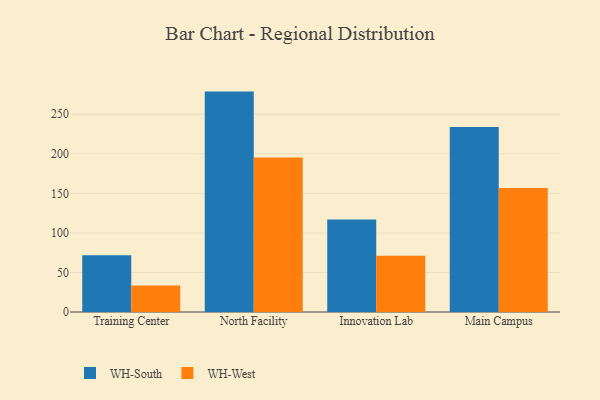
{"axis": {"x": "Campus", "y": "Inventory Turnover"}, "legend": ["WH-South", "WH-West"], "data": [{"x": "Training Center", "y": 71.8, "type": "WH-South"}, {"x": "Training Center", "y": 33.4, "type": "WH-West"}, {"x": "North Facility", "y": 278.6, "type": "WH-South"}, {"x": "North Facility", "y": 195.4, "type": "WH-West"}, {"x": "Innovation Lab", "y": 117.0, "type": "WH-South"}, {"x": "Innovation Lab", "y": 71.0, "type": "WH-West"}, {"x": "Main Campus", "y": 233.8, "type": "WH-South"}, {"x": "Main Campus", "y": 156.9, "type": "WH-West"}]}